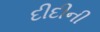
દીદીની